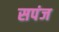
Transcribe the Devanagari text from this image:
सपंज